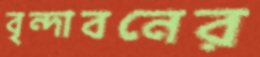
বৃন্দাবনের